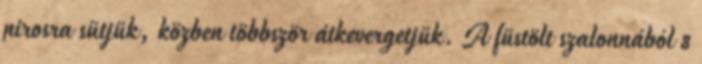
pirosra sütjük, közben többször átkevergetjük. A füstölt szalonnából 8